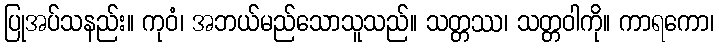
ပြုအပ်သနည်း။ ကုဝံ၊ အဘယ်မည်သောသူသည်။ သတ္တဿ၊ သတ္တဝါကို။ ကာရကော၊